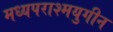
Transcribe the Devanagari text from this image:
मध्यपराश्मयुगीन